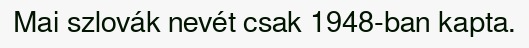
Mai szlovák nevét csak 1948-ban kapta.